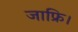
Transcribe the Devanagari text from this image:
जाफ्रि।